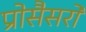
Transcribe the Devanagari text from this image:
प्रोसैसरों